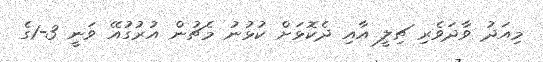
މިއަދު ވާދަވެރި ޗިލީ އާއި ދެކޮޅަށް ކުޅުނު މެޗުން އުރުގުއޭ ވަނީ 3-1ގެ